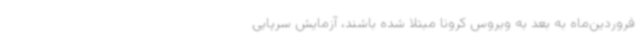
فروردین‌ماه به بعد به ویروس کرونا مبتلا شده‌ باشند، آزمایش سرپایی